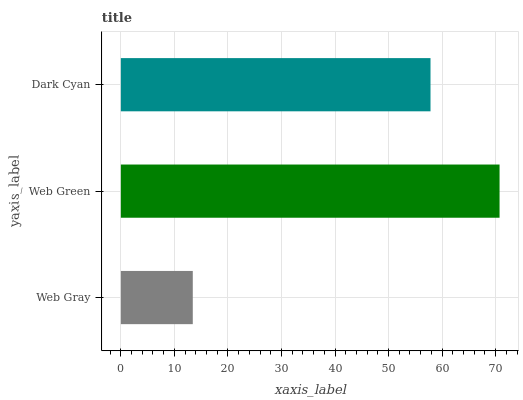
| yaxis_label | bars |
 | --- | --- |
 | Web Gray | 13.4 |
 | Web Green | 70.7 |
 | Dark Cyan | 57.8 |